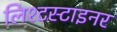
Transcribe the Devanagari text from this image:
लिश्टस्टाइनर